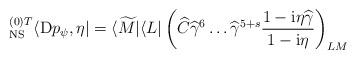
LaTeX: \begin{align*}{}^{(0) T}_{\rm NS} \langle {\rm D}p_{\psi} , \eta | = \langle\widetilde M | \langle L | \left( \widehat C {\widehat{\gamma}}^{6}\dots {\widehat{\gamma}}^{5+s} \frac{1 - {\rm i}\eta\widehat\gamma}{1- {\rm i}\eta} \right)_{LM}\end{align*}